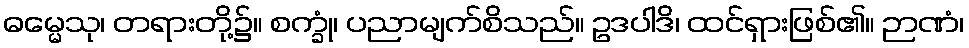
ဓမ္မေသု၊ တရားတို့၌။ စက္ခုံ၊ ပညာမျက်စိသည်။ ဥဒပါဒိ၊ ထင်ရှားဖြစ်၏။ ဉာဏံ၊